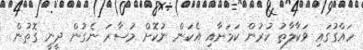
ހައްގުގައި ވަކާލާތު ކުރުން ކަމަށާއި އެކަން ނުކޮށް މުސާރަ ނެގުން ދީނީ ގޮތުން